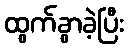
ထွက်ခွာခဲ့ပြီး